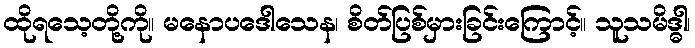
ထိုရသေ့တို့ကို။ မနောပဒေါသေန၊ စိတ်ပြစ်မှားခြင်းကြောင့်။ သူသမိဒ္ဓါ၊